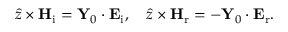
\hat { z } \times \mathbf { H } _ { \mathrm { i } } = \mathbf { Y } _ { 0 } \cdot \mathbf { E } _ { \mathrm { i } } , \quad \hat { z } \times \mathbf { H } _ { \mathrm { r } } = - \mathbf { Y } _ { 0 } \cdot \mathbf { E } _ { \mathrm { r } } .